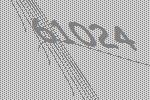
61024